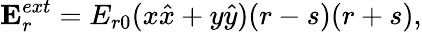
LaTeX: {\mathbf{E}}_{r}^{ext}={E_{r0}}({x{\hat{x}}+y{\hat{y}}})(r-s)(r+s){,}